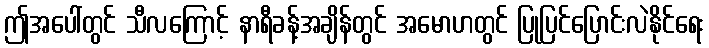
ဤအပေါ်တွင် သီလကြောင့် နာရီခန့်အချိန်တွင် အမောဟတွင် ပြုပြင်ပြောင်းလဲနိုင်ရေး